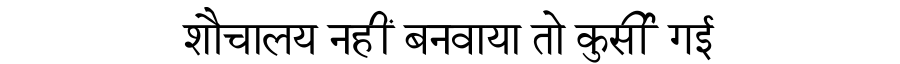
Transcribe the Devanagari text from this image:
शौचालय नहीं बनवाया तो कुर्सी गई